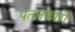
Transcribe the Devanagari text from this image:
पतनकारी